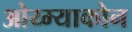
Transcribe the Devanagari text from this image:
ओय्म्याकोन